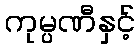
ကုမ္ပဏီနှင့်